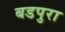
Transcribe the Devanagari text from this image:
बडपुरा